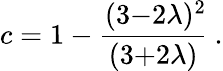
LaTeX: c=1-\frac{(3{-}2\lambda)^{2}\! }{(3{+}2\lambda)}~.